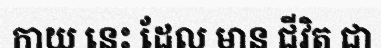
កាយ នេះ ដែល មាន ជីវិត ជា